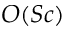
O ( S c )